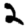
Digit: 2